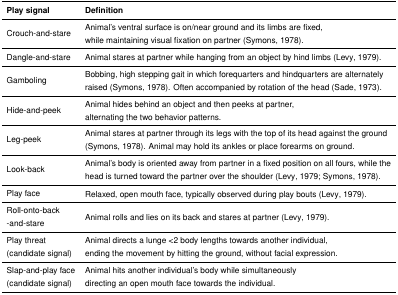
| Play signal | Definition |
 | --- | --- |
 | Crouch-and-stare | Animal’s ventral surface is on/near ground and its limbs are fixed, while maintaining visual fixation on partner (Symons, 1978). |
 | Dangle-and-stare | Animal stares at partner while hanging from an object by hind limbs (Levy, 1979). |
 | Gamboling | Bobbing, high stepping gait in which forequarters and hindquarters are alternately raised (Symons, 1978). Often accompanied by rotation of the head (Sade, 1973). |
 | Hide-and-peek | Animal hides behind an object and then peeks at partner, alternating the two behavior patterns. |
 | Leg-peek | Animal stares at partner through its legs with the top of its head against the ground (Symons, 1978). Animal may hold its ankles or place forearms on ground. |
 | Look-back | Animal’s body is oriented away from partner in a fixed position on all fours, while the head is turned toward the partner over the shoulder (Levy, 1979; Symons, 1978). |
 | Play face | Relaxed, open mouth face, typically observed during play bouts (Levy, 1979). |
 | Roll-onto-back -and-stare | Animal rolls and lies on its back and stares at partner (Levy, 1979). |
 | Play threat (candidate signal) | Animal directs a lunge <2 body lengths towards another individual, ending the movement by hitting the ground, without facial expression. |
 | Slap-and-play face (candidate signal) | Animal hits another individual’s body while simultaneously directing an open mouth face towards the individual. |